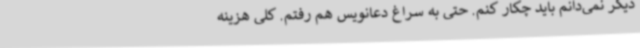
دیگر نمی‌دانم باید چکار کنم. حتی به سراغ دعانویس هم رفتم. کلی هزینه